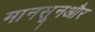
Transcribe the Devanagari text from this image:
मानसूनऔर